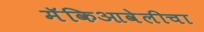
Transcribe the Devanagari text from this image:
मॅकिआवेलीचा